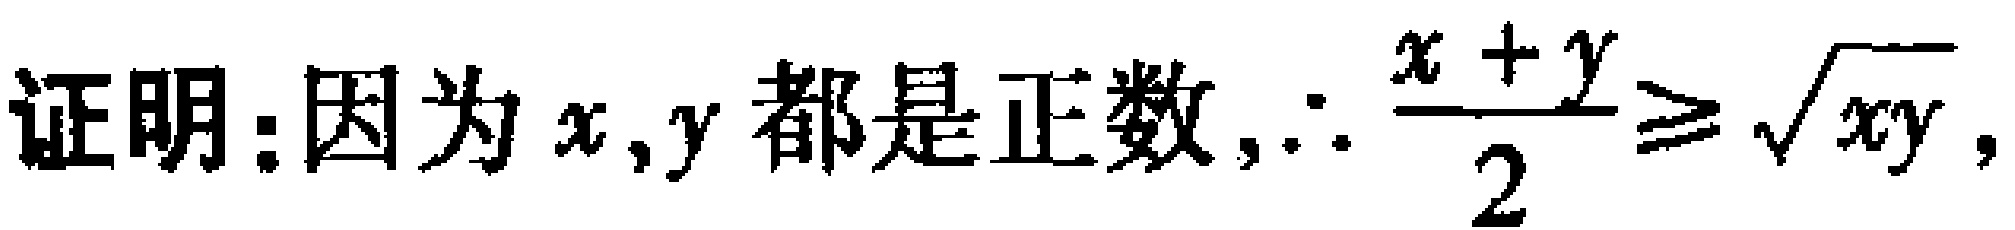
证明：因为$x,y$都是正数,$\therefore \frac{x + y}{2}\geqslant \sqrt{xy}$,